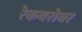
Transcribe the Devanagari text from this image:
रेकबरोबर